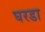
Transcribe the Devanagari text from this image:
घरडा